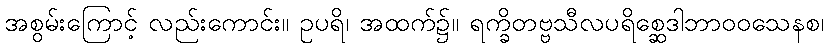
အစွမ်းကြောင့် လည်းကောင်း။ ဥပရိ၊ အထက်၌။ ရက္ခိတဗ္ဗသီလပရိစ္ဆေဒါဘာဝဝသေနစ၊